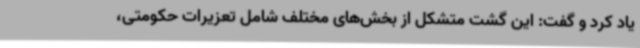
یاد کرد و گفت: این گشت متشکل از بخش‌های مختلف شامل تعزیرات حکومتی،